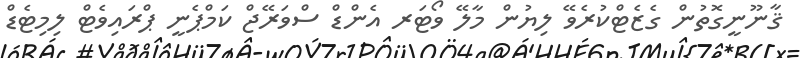
ޤާނޫނީގޮތުން ގެޒެޓްކުރެވޭ ލިޔުން މާލޭ ވޯޓަރ އެންޑް ސްވަރޭޖް ކަމްޕެނީ ޕްރައިވެޓް ލިމިޓެޑް